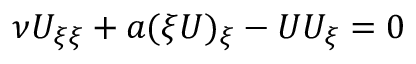
\nu U _ { \xi \xi } + a ( \xi U ) _ { \xi } - U U _ { \xi } = 0